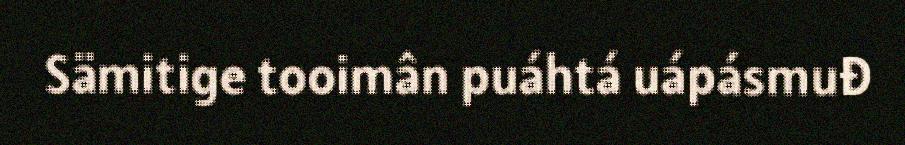
Sämitige tooimân puáhtá uápásmuđ